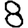
Digit: 8